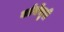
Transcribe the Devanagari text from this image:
बर्डसेंचुरी